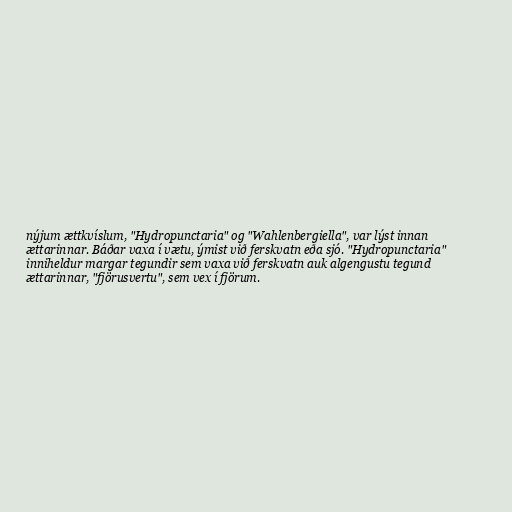
nýjum ættkvíslum, "Hydropunctaria" og "Wahlenbergiella", var lýst innan
ættarinnar. Báðar vaxa í vætu, ýmist við ferskvatn eða sjó. "Hydropunctaria"
inniheldur margar tegundir sem vaxa við ferskvatn auk algengustu tegund
ættarinnar, "fjörusvertu", sem vex í fjörum.